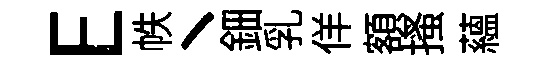
E帙丶鈿乳佯額搔藴